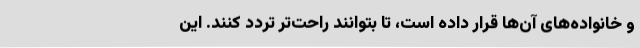
و خانواده‌های آن‌ها قرار داده است، تا بتوانند راحت‌تر تردد کنند. این